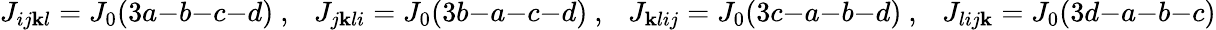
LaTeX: J_{ij\mathbf{k}l}=J_{0}(3a{-}b{-}c{-}d)~,\ \ \ J_{j\mathbf{k}li}=J_{0}(3b{-}a{-}c{-}d)~,\ \ \ J_{\mathbf{k}lij}=J_{0}(3c{-}a{-}b{-}d)~,\ \ \ J_{lij\mathbf{k}}=J_{0}(3d{-}a{-}b{-c})